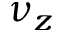
\nu _ { z }